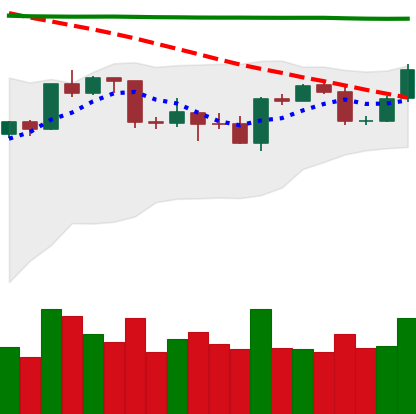
Ticker: BTC-USD
Chart end date: 2020-04-23
Forward return: 5.079%
Label: up_5_7